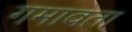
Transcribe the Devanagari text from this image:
गमावता